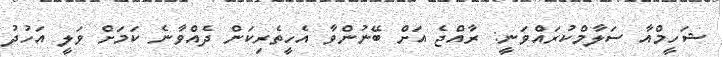
ޝަހީމްއާ ސަލާމްކުރައްވަނީ: ރާއްޖެ އަށް ބޭނުންވާ އެހީތެރިކަން ދެއްވާނެ ކަމަށް ވަލީ އަހުދު